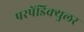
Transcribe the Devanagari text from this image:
परपेंडिक्युलर